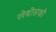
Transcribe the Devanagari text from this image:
लेबोसकी